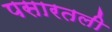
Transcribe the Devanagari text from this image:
पसारतली